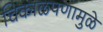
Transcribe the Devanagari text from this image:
चिकाळपणामुळे